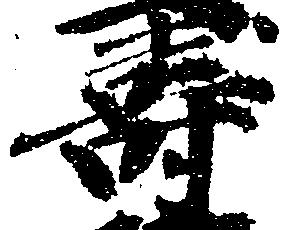
寿